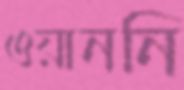
ওয়াননি